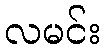
လမင်း